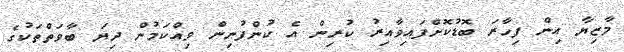
މާޒިޔާ އިން ފިހާރަ ބޮޑުކޮށްފައިވާއިރު ކުރިން އެ ކުންފުނިން ވިއްކަމުން ދިޔަ ބާވަތްތަކުގެ